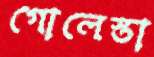
গোলেস্তা